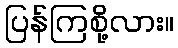
ပြန်ကြစို့လား။